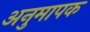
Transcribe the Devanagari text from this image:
अनुमापक